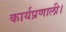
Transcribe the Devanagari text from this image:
कार्यप्रणाली।